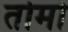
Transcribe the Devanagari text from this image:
तोमो